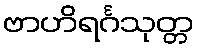
ဗာဟိရင်္ဂသုတ္တ